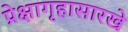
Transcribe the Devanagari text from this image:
प्रेक्षागृहासारखे